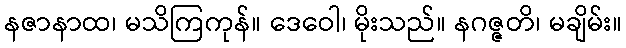
နဇာနာထ၊ မသိကြကုန်။ ဒေဝေါ၊ မိုးသည်။ နဂဇ္ဇတိ၊ မချိမ်း။